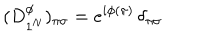
( D _ { 1 ^ { N } } ^ { \phi } ) _ { \pi \sigma } = e ^ { i \phi ( \pi ) } \, \delta _ { \pi \sigma }